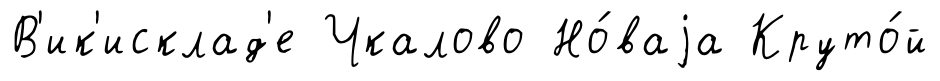
В'ик'исклад'е Чкалово Но́ваjа Круто́й